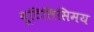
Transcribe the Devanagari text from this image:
यूटिलिसिमय